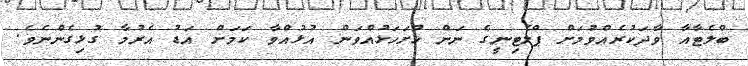
ބްލެޓާއާ ވާދަކުރެއްވުމަށް ޕްލެޓިނީގެ ނަން ހުށަހަޅުއްވަން އުޅުއްވާ ކަމަށް އަޑު އެރުމާ ގުޅިގެންނެވެ.